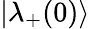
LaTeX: |\lambda_{+}(0)\rangle